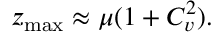
z _ { \operatorname* { m a x } } \approx \mu ( 1 + C _ { v } ^ { 2 } ) .